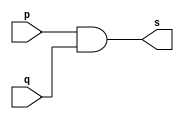
// ------------------------- 
// Exemplo0003 - AND  
// Nome: Michelle da Costa Silva
// ------------------------- 

// ------------------------- 
// -- and gate
// -------------------------
          module andgate (output s, input p, input q); 
          assign s = p & q;  
          endmodule // andgate 
			 
// ------------------------- 
// -- test and gate 
// -------------------------
           module testandgate; 
			  
// ------------------------- dados locais 
            reg a, b; // definir registrador 
            wire s; // definir conexao (fio) 

// ------------------------- instancia 
             andgate AND1 (s, a, b); 
				 
// ------------------------- preparacao 
              initial begin:start 
              a=0; b=0; 
              end 
				  
// ------------------------- parte principal 
      initial begin:main 
              $display("Exemplo 0003 - Michelle da Costa Silva - 427448"); 
              $display("Test AND gate"); 
              $display("\na & b = s\n"); 
              a=0; b=0; 
           #1 $display("%b & %b = %b", a, b, s); 
              a=0; b=1; 
           #1 $display("%b & %b = %b", a, b, s); 
              a=1; b=0; 
           #1 $display("%b & %b = %b", a, b, s); 
              a=1; b=1; 
           #1 $display("%b & %b = %b", a, b, s); 
			     end 
              endmodule // testandgate